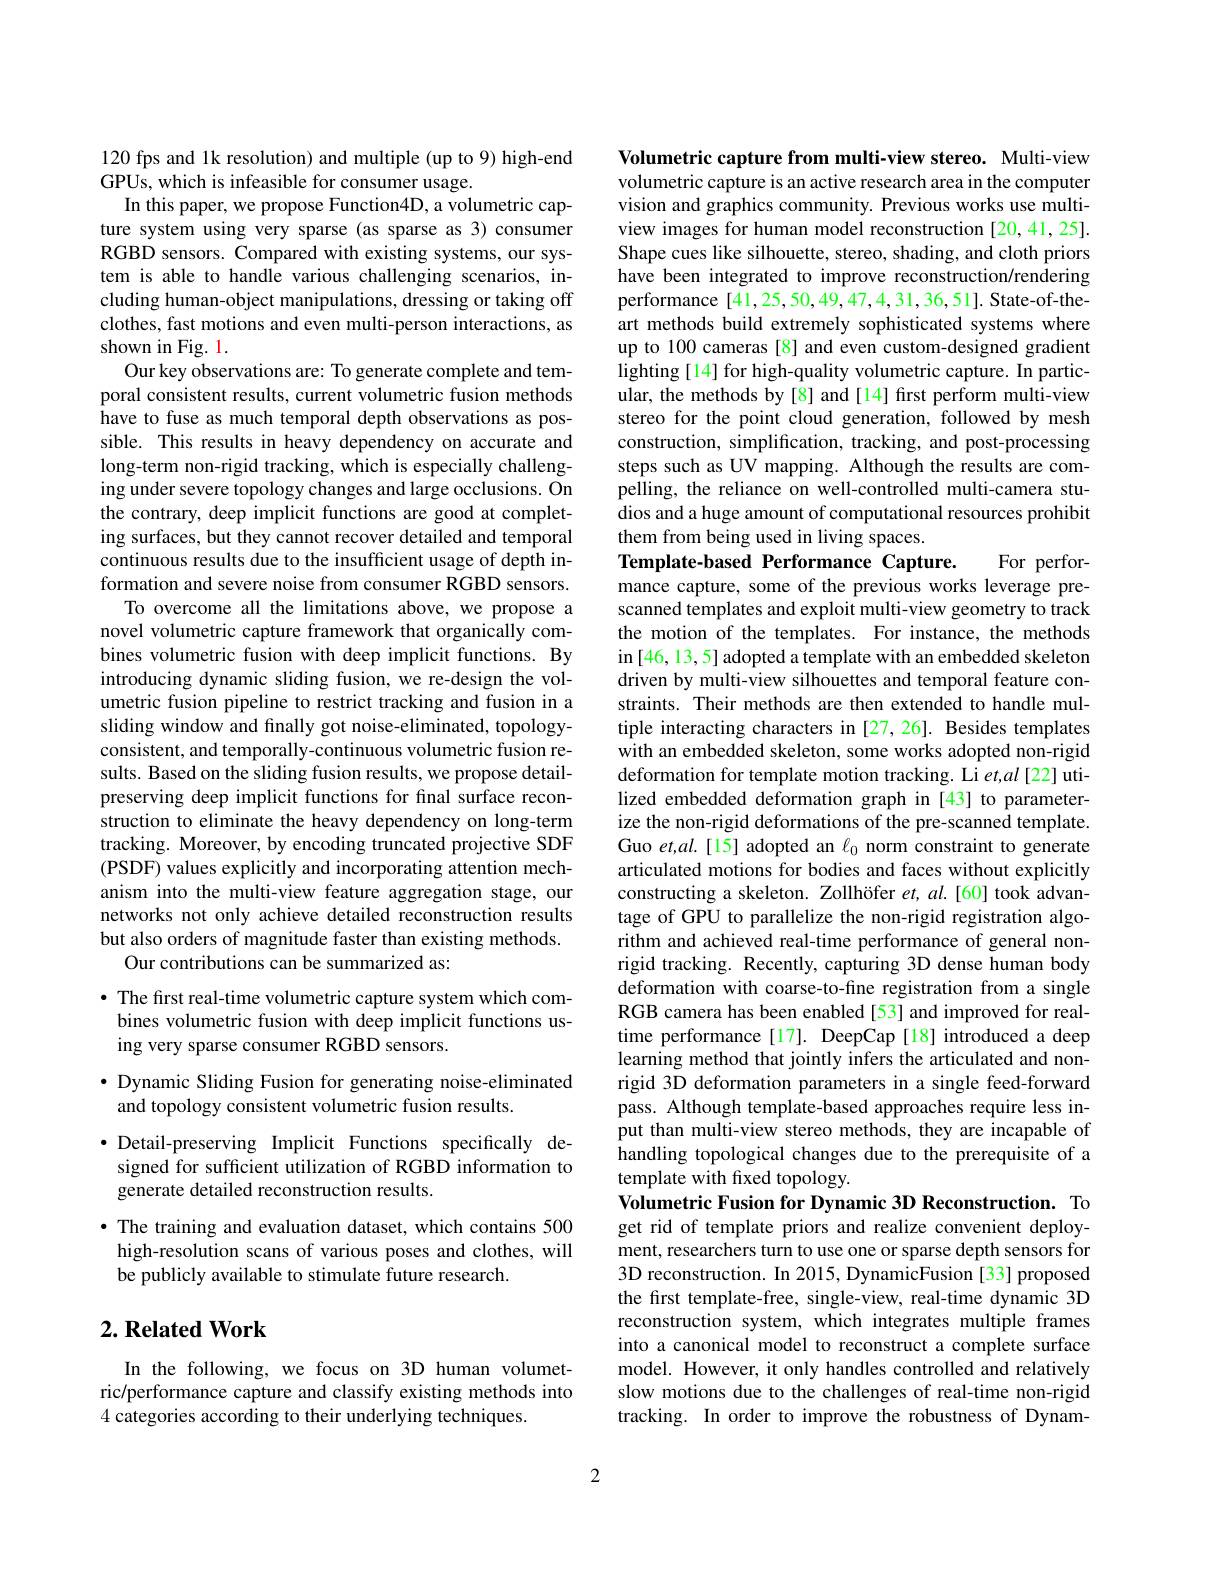
120 fps and 1k resolution) and multiple (up to 9) high-end
GPUs, which is infeasible for consumer usage.
In this paper, we propose Function4D, a volumetric capture system using very sparse (as sparse as 3) consumer RGBD sensors. Compared with existing systems, our system is able to handle various challenging scenarios, including human-object manipulations, dressing or taking off clothes, fast motions and even multi-person interactions, as shown in Fig. 1.
Our key observations are: To generate complete and temporal consistent results, current volumetric fusion methods have to fuse as much temporal depth observations as possible. This results in heavy dependency on accurate and long-term non-rigid tracking, which is especially challenging under severe topology changes and large occlusions. On the contrary, deep implicit functions are good at completing surfaces, but they cannot recover detailed and temporal continuous results due to the insufficient usage of depth information and severe noise from consumer RGBD sensors.
To overcome all the limitations above, we propose a novel volumetric capture framework that organically combines volumetric fusion with deep implicit functions. By introducing dynamic sliding fusion, we re-design the volumetric fusion pipeline to restrict tracking and fusion in a sliding window and finally got noise-eliminated, topologyconsistent, and temporally-continuous volumetric fusion results. Based on the sliding fusion results, we propose detailpreserving deep implicit functions for final surface reconstruction to eliminate the heavy dependency on long-term tracking. Moreover, by encoding truncated projective SDF (PSDF) values explicitly and incorporating attention mechanism into the multi-view feature aggregation stage, our networks not only achieve detailed reconstruction results but also orders of magnitude faster than existing methods.
Our contributions can be summarized as:

· The first real-time volumetric capture system which combines volumetric fusion with deep implicit functions using very sparse consumer RGBD sensors.
$\bullet$ Dynamic Sliding Fusion for generating noise-eliminated
and topology consistent volumetric fusion results.
$\bullet$ Detail-preserving Implicit Functions specifically designed for sufficient utilization of RGBD information to generate detailed reconstruction results.
· The training and evaluation dataset, which contains 500 high-resolution scans of various poses and clothes, will be publicly available to stimulate future research.

## $2. \textbf{Related Work}$

In the following, we focus on 3D human volumetric/performance capture and classify existing methods into 4 categories according to their underlying techniques.

Volumetric capture from multi-view stereo. Multi-view volumetric capture is an active research area in the computer vision and graphics community. Previous works use multiview images for human model reconstruction [20,41,25]. Shape cues like silhouette, stereo, shading, and cloth priors have been integrated to improve reconstruction/rendering performance [41,25,50,49,47,4,31,36,51]. State-of-theart methods build extremely sophisticated systems where up to 100 cameras [8] and even custom-designed gradient lighting [14] for high-quality volumetric capture. In particular, the methods by [8] and [14] first perform multi-view stereo for the point cloud generation, followed by mesh construction, simplification, tracking, and post-processing steps such as UV mapping. Although the results are compelling, the reliance on well-controlled multi-camera studios and a huge amount of computational resources prohibit them from being used in living spaces.
For perfor-
Template-based Performance Capture.

mance capture, some of the previous works leverage prescanned templates and exploit multi-view geometry to track the motion of the templates. For instance, the methods in [46, 13, 5] adopted a template with an embedded skeleton driven by multi-view silhouettes and temporal feature constraints. Their methods are then extended to handle multiple interacting characters in [27,26]. Besides templates with an embedded skeleton, some works adopted non-rigid deformation for template motion tracking. Li et,$al$ [22] utilized embedded deformation graph in [43] to parameterize the non-rigid deformations of the pre-scanned template. Guo et,al.[15] adopted an $\ell_0$ norm constraint to generate articulated motions for bodies and faces without explicitly constructing a skeleton. Zollhöfer $et,al.[60]$ took advantage of GPU to parallelize the non-rigid registration algorithm and achieved real-time performance of general nonrigid tracking. Recently, capturing 3D dense human body deformation with coarse-to-fine registration from a single RGB camera has been enabled[53] and improved for realtime performance[17]. DeepCap[18] introduced a deep learning method that jointly infers the articulated and nonrigid 3D deformation parameters in a single feed-forward pass. Although template-based approaches require less input than multi-view stereo methods, they are incapable of handling topological changes due to the prerequisite of a template with fixed topology.
Volumetric Fusion for Dynamic 3D Reconstruction. To get rid of template priors and realize convenient deployment, researchers turn to use one or sparse depth sensors for 3D reconstruction. In 2015, DynamicFusion [33] proposed the frst template-free, single-view, real-time dynamic 3D reconstruction system, which integrates multiple frames into a canonical model to reconstruct a complete surface model. However, it only handles controlled and relatively slow motions due to the challenges of real-time non-rigid

tracking. In order to improve the robustness of Dynam-

2